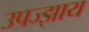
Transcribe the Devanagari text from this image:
उपज्झाय